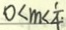
0 < m < \frac { 1 } { 4 \cdot }